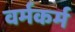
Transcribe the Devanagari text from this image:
वर्मकर्म